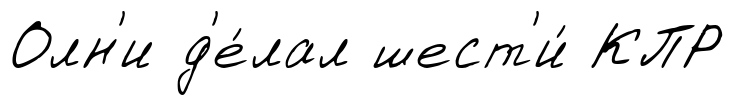
Олн'и д'е́лал шест'и́ КПР